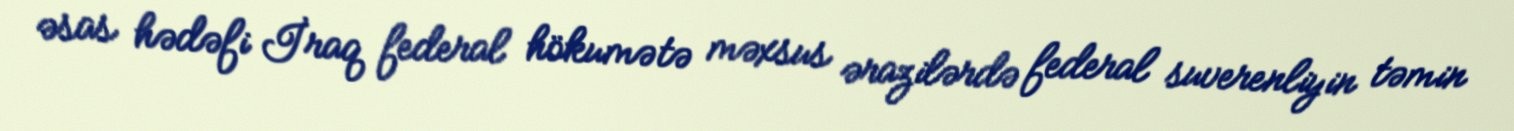
əsas hədəfi İraq federal hökumətə məxsus ərazilərdə federal suverenliyin təmin